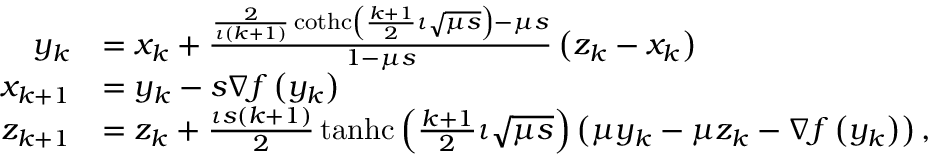
\begin{array} { r l } { y _ { k } } & { = x _ { k } + \frac { \frac { 2 } { \iota ( k + 1 ) } \operatorname { c o t h c } \left( \frac { k + 1 } { 2 } \iota \sqrt { \mu s } \right) - \mu s } { 1 - \mu s } \left( z _ { k } - x _ { k } \right) } \\ { x _ { k + 1 } } & { = y _ { k } - s \nabla f \left( y _ { k } \right) } \\ { z _ { k + 1 } } & { = z _ { k } + \frac { \iota s ( k + 1 ) } { 2 } \operatorname { t a n h c } \left( \frac { k + 1 } { 2 } \iota \sqrt { \mu s } \right) \left( \mu y _ { k } - \mu z _ { k } - \nabla f \left( y _ { k } \right) \right) , } \end{array}